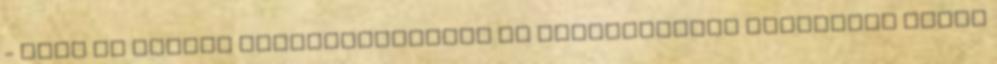
- írta az Állami Népegészségügyi és Tisztiorvosi Szolgálat ÁNTSZ